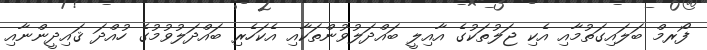
ފޯރމް ބަލައިގަތުމާއި އެކި ޖަލުތަކުގެ އާއިލީ ބައްދަލުވުންތަކާއި އެކަހެރި ބައްދަލުވުމުގެ ހުއްދަ ޤައިދީންނާއި